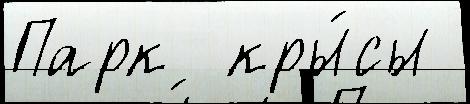
Парк  кры́сы